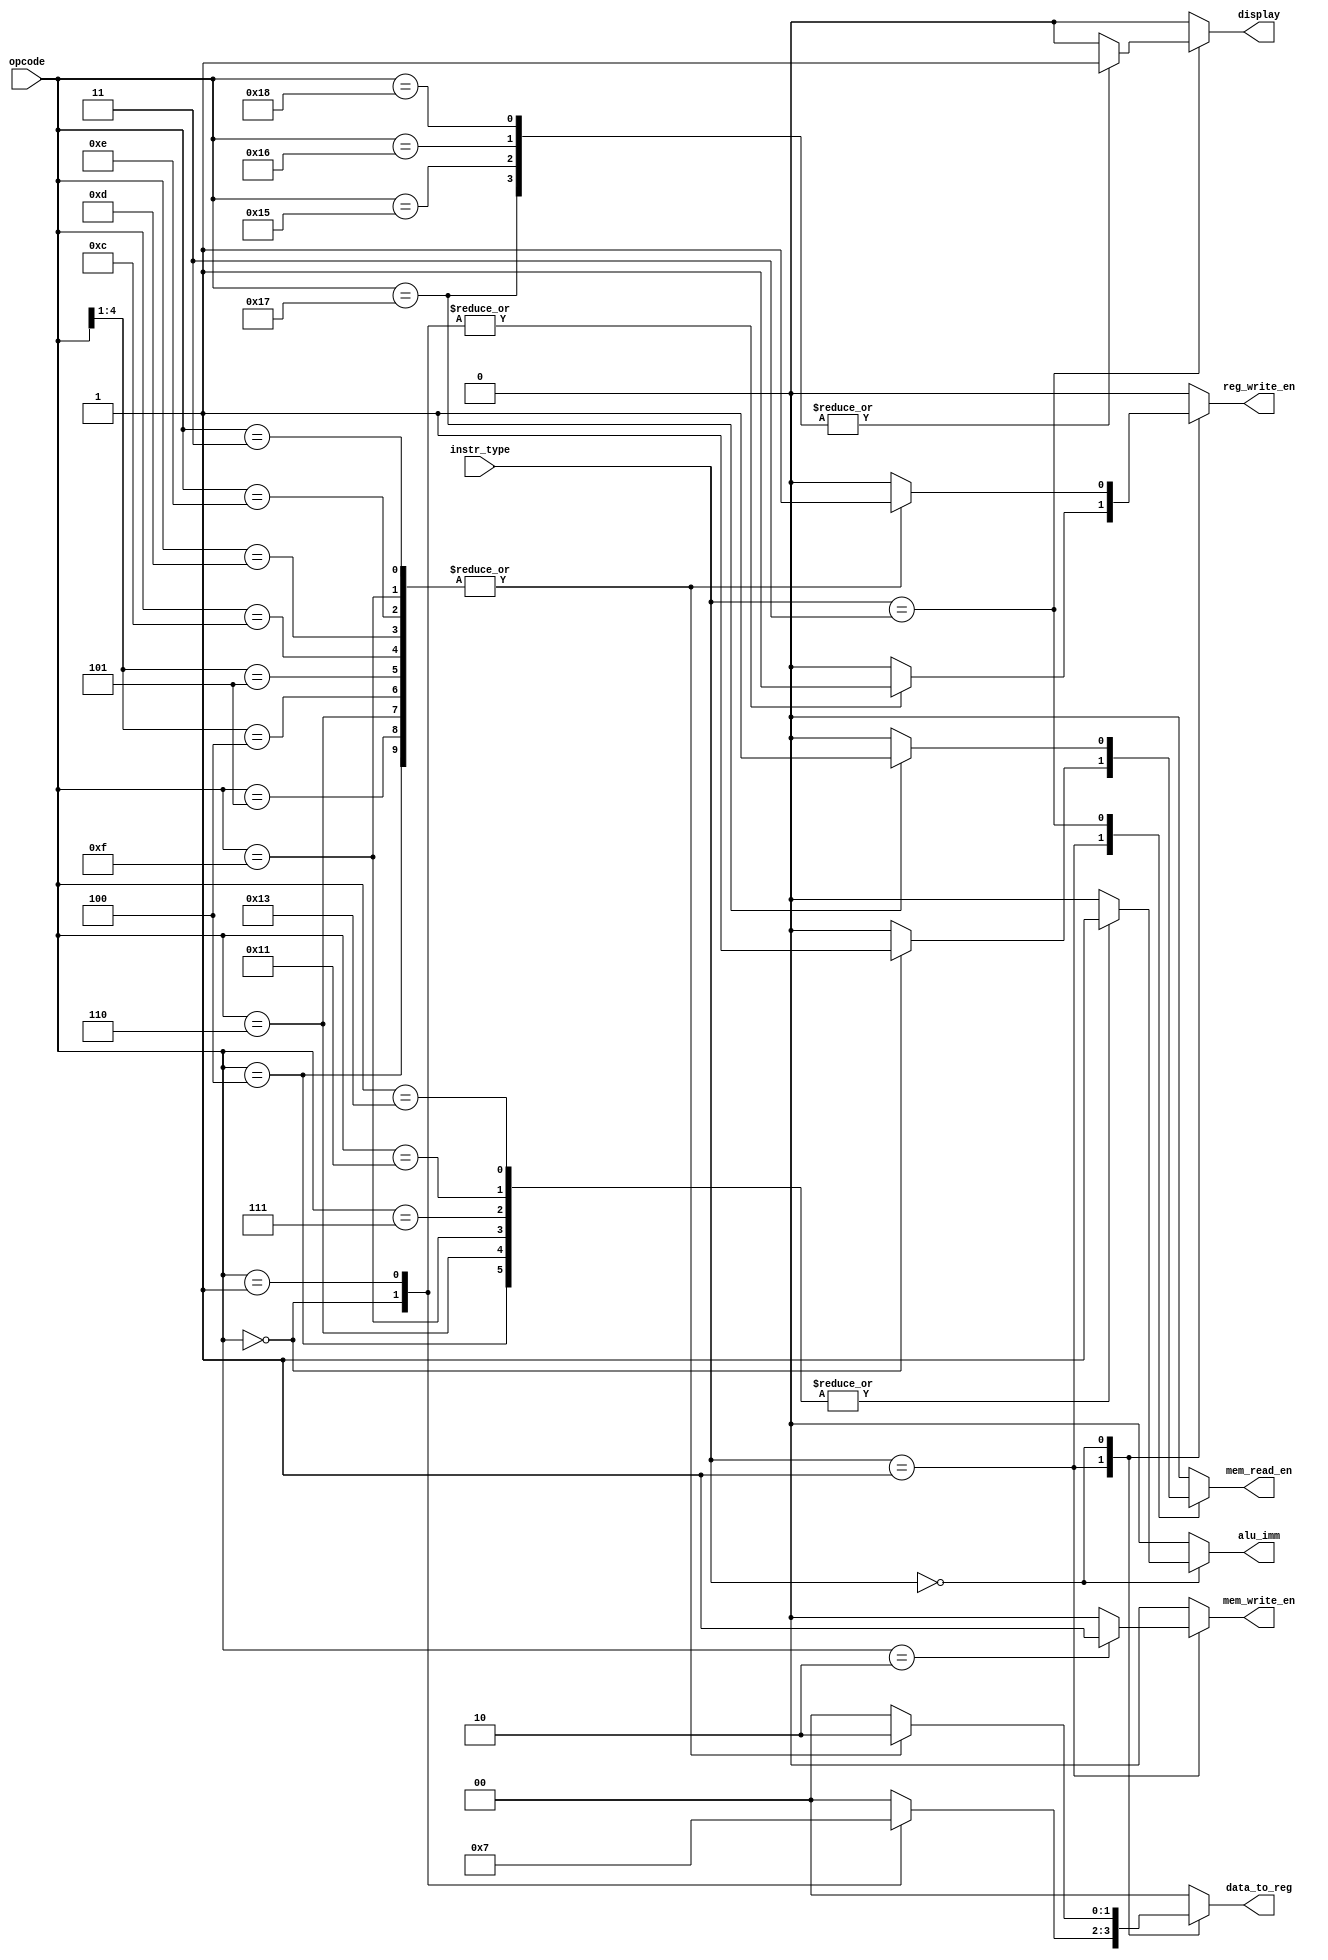
`timescale 1ns / 1ps
//////////////////////////////////////////////////////////////////////////////////
// Company: 
// Engineer: 
// 
// Design Name: 
// Module Name: Control_unit
// Project Name: 
// Target Devices: 
// Tool Versions: 
// Description: 
// 
// Dependencies: 
// 
// Revision:
// Revision 0.01 - File Created
// Additional Comments:
// 
//////////////////////////////////////////////////////////////////////////////////


module Control_unit(
    input [4:0] opcode,
    input [1:0] instr_type,
    output reg mem_read_en, mem_write_en, reg_write_en, alu_imm, display,
    output reg [1:0] data_to_reg                  //Branch cases are defined later
    );
    always@ (opcode) begin
        case(instr_type)
            2'b01:begin  //Load or store
                    casez(opcode)
                        5'b00000:begin //load
                            mem_read_en = 1;
                            mem_write_en = 0;
                            data_to_reg = 2'b01;
                            reg_write_en = 1;
                            alu_imm = 0;
                            display = 0;
                        end
                        5'b00001:begin //load immediate
                            mem_read_en = 0;
                            mem_write_en = 0;
                            data_to_reg = 2'b11;
                            reg_write_en = 1;
                            alu_imm = 0;
                            display = 0;
                        end
                        5'b00010:begin //store
                            mem_read_en = 0;
                            mem_write_en = 1;
                            data_to_reg = 2'b00;
                            reg_write_en = 0;
                            alu_imm = 0;
                            display = 0;
                        end
                        default:begin
                            mem_read_en = 0;
                            mem_write_en = 0;
                            data_to_reg = 2'b00;
                            reg_write_en = 0;
                            alu_imm = 0;
                            display = 0;
                        end               
                    endcase
            end
             2'b00:begin  //Arithmetic and logical
                    casex(opcode)
                        5'b00011:begin //Add
                            mem_read_en = 0;
                            mem_write_en = 0;
                            data_to_reg = 2'b10;
                            reg_write_en = 1;
                            alu_imm = 0;
                            display = 0;
                        end
                        5'b00100:begin //Add immediate
                            mem_read_en = 0;
                            mem_write_en = 0;
                            data_to_reg = 2'b10;
                            reg_write_en = 1;
                            alu_imm = 1;
                            display = 0;
                        end
                        5'b00101:begin //sub
                            mem_read_en = 0;
                            mem_write_en = 0;
                            data_to_reg = 2'b10;
                            reg_write_en = 1;
                            alu_imm = 0;
                            display = 0;
                        end
                        5'b00110:begin //sub immediate
                            mem_read_en = 0;
                            mem_write_en = 0;
                            data_to_reg = 2'b10;
                            reg_write_en = 1;
                            alu_imm = 1;
                            display = 0;
                        end
                        5'b11001: begin // Less than
                            mem_read_en = 0;
                            mem_write_en = 0;
                            data_to_reg = 2'b00;
                            reg_write_en = 0;
                            alu_imm = 0;
                            display = 0;
                        end
                        5'b00111:begin //Less than immediate
                            mem_read_en = 0;
                            mem_write_en = 0;
                            data_to_reg = 2'b00;
                            reg_write_en = 0;
                            display = 0;
                            alu_imm = 1;
                        end
                        5'b0100x:begin //left and right shift
                            mem_read_en = 0;
                            mem_write_en = 0;
                            data_to_reg = 2'b10;
                            reg_write_en = 1;
                            alu_imm = 0;
                            display = 0;
                        end
                        5'b0101x:begin //AND and OR
                            mem_read_en = 0;
                            mem_write_en = 0;
                            data_to_reg = 2'b10;
                            reg_write_en = 1;
                            alu_imm = 0;
                            display = 0;
                        end
                        5'b01100:begin //XOR
                            mem_read_en = 0;
                            mem_write_en = 0;
                            data_to_reg = 2'b10;
                            reg_write_en = 1;
                            alu_imm = 0;
                            display = 0;
                        end
                        5'b01101:begin //negation
                            mem_read_en = 0;
                            mem_write_en = 0;
                            data_to_reg = 2'b10;
                            reg_write_en = 1;
                            alu_imm = 0;
                            display = 0;
                        end
                        5'b01110:begin //MULTIPLY
                            mem_read_en = 0;
                            mem_write_en = 0;
                            data_to_reg = 2'b10;
                            reg_write_en = 1;
                            alu_imm = 0;
                            display = 0;
                        end
                        5'b01111:begin //MULTIPLY imm
                            mem_read_en = 0;
                            mem_write_en = 0;
                            data_to_reg = 2'b10;
                            reg_write_en = 1;
                            alu_imm = 1;
                            display = 0;
                        end
                        5'b10000:begin //greater
                            mem_read_en = 0;
                            mem_write_en = 0;
                            data_to_reg = 2'b00;
                            reg_write_en = 0;
                            alu_imm = 0;
                            display = 0;
                        end
                        5'b10001:begin //greater imm
                            mem_read_en = 0;
                            mem_write_en = 0;
                            data_to_reg = 2'b00;
                            reg_write_en = 0;
                            alu_imm = 1;
                            display = 0;
                        end
                        5'b10010:begin //equal
                            mem_read_en = 0;
                            mem_write_en = 0;
                            data_to_reg = 2'b00;
                            reg_write_en = 0;
                            alu_imm = 0;
                            display = 0;
                        end
                        5'b10011:begin //equal imm
                            mem_read_en = 0;
                            mem_write_en = 0;
                            data_to_reg = 2'b00;
                            reg_write_en = 0;
                            alu_imm = 1;
                            display = 0;
                        end
                        default:begin
                            mem_read_en = 0;
                            mem_write_en = 0;
                            data_to_reg = 2'b00;
                            reg_write_en = 0;
                            alu_imm = 0;
                            display = 0;
                        end              
                    endcase
            end
            2'b11:begin // DISPLAY  
                mem_write_en = 0;
                data_to_reg = 2'b00;
                alu_imm = 0;
                reg_write_en = 0;
                case (opcode)
                    5'b10101: begin // DISPLAY ACCUMULATOR
                        mem_read_en = 0;
                        display = 1;
                    end
                    5'b10110: begin // DISPLAY REGISTER
                        mem_read_en = 0;
                        display = 1;
                    end
                    5'b10111: begin // DISPLAY DATA MEMORY
                        mem_read_en = 1;
                        display = 1;
                    end
                    5'b11000: begin // DISPLAY BOOL
                        mem_read_en = 0;
                        display = 1;
                    end
                    default: begin
                        mem_write_en = 0;
                        data_to_reg = 2'b00;
                        alu_imm = 0;
                        reg_write_en = 0;
                        mem_read_en = 0;
                        display = 0;
                    end
                endcase
            end
            default: begin
                        mem_write_en = 0;
                        data_to_reg = 2'b00;
                        alu_imm = 0;
                        reg_write_en = 0;
                        mem_read_en = 0;
                        display = 0;
                        end
        endcase
    end
endmodule